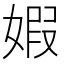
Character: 婽